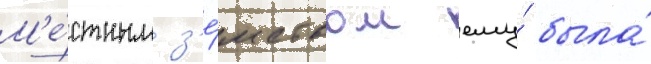
М'е́стным з'е́мством ему́ была́